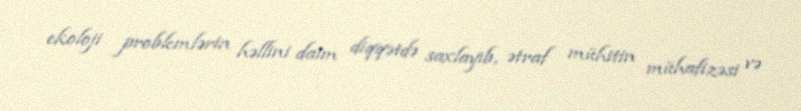
ekoloji problemlərin həllini daim diqqətdə saxlayıb, ətraf mühitin mühafizəsi və